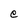
Character: e